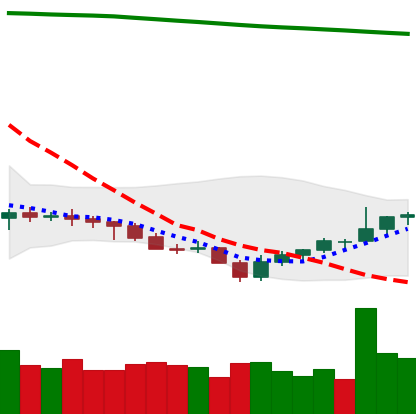
Ticker: NEO-USD
Chart end date: 2021-07-28
Forward return: 26.507%
Label: up_7plus